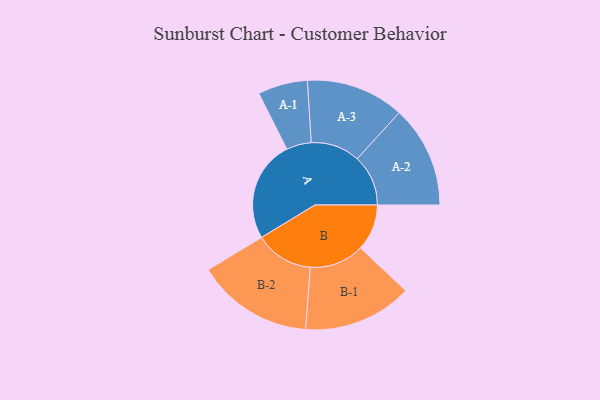
{"axis": {"x": "Segment", "y": "Value"}, "legend": ["", "A", "B"], "data": [{"x": "A", "y": 484, "type": ""}, {"x": "B", "y": 222, "type": ""}, {"x": "A-1", "y": 119, "type": "A"}, {"x": "A-2", "y": 244, "type": "A"}, {"x": "A-3", "y": 235, "type": "A"}, {"x": "B-1", "y": 261, "type": "B"}, {"x": "B-2", "y": 279, "type": "B"}]}